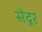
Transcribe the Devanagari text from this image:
सेंदूर